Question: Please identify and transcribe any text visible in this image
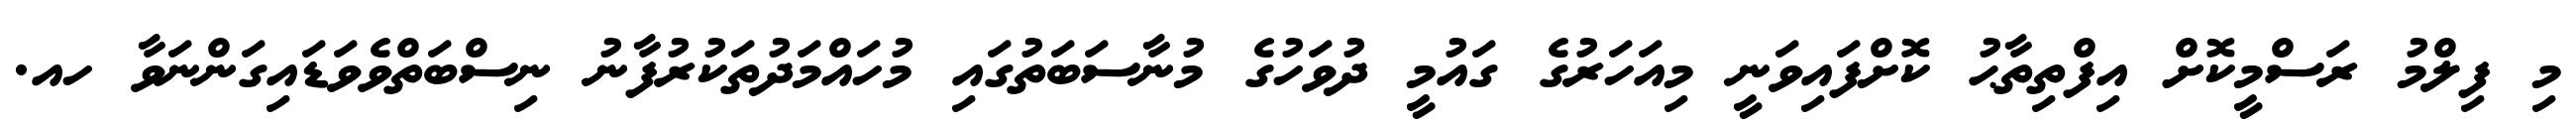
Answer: މި ފިލްމު ރަސްމީކޮށް އިފްތިތާޙު ކޮށްފައިވަނީ މިއަހަރުގެ ގައުމީ ދުވަހުގެ މުނާސަބަތުގައި މުހައްމަދުތަކުރުފާނު ނިސްބަތްވެވަޑައިގަންނަވާ ހއ.